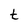
Character: t